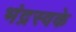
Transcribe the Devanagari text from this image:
भंद्रस्वके